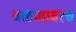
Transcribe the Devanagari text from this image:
वळणावरच